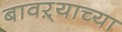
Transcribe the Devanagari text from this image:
बावऱ्याच्या